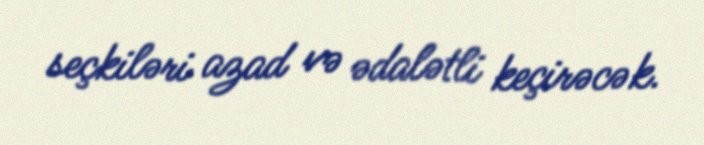
seçkiləri azad və ədalətli keçirəcək.